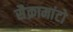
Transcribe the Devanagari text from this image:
सैक्रामांटो